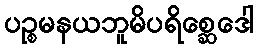
ပဉ္စမနယဘူမိပရိစ္ဆေဒေါ